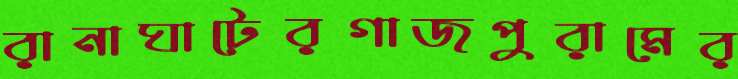
রানাঘাটেরগাজপুরামের